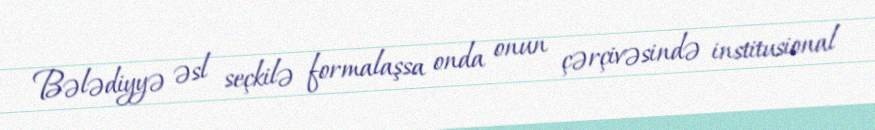
Bələdiyyə əsl seçkilə formalaşsa onda onun çərçivəsində institusional